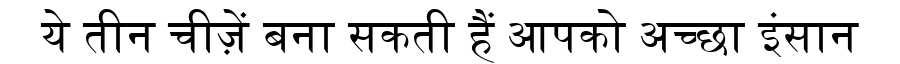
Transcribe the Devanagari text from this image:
ये तीन चीज़ें बना सकती हैं आपको अच्छा इंसान